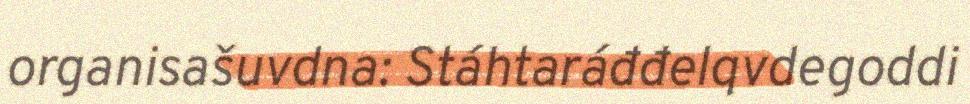
organisašuvdna: Stáhtaráđđelqvdegoddi